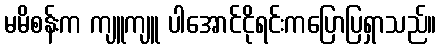
မမိစန်းက ကျူကျူ ပါအောင်ငိုရင်းကပြောပြရှာသည်။